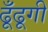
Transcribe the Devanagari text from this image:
ढूँढूगी